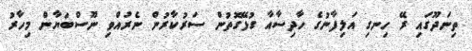
ތިނަދޫގައި ރޭ ހިނގި އަލިފާނުގެ ހާދިސާއާ ގުޅޭގޮތުން ސަރުކާރުން ނެރުއްވި ނޫސްބަޔާން މިހާރު